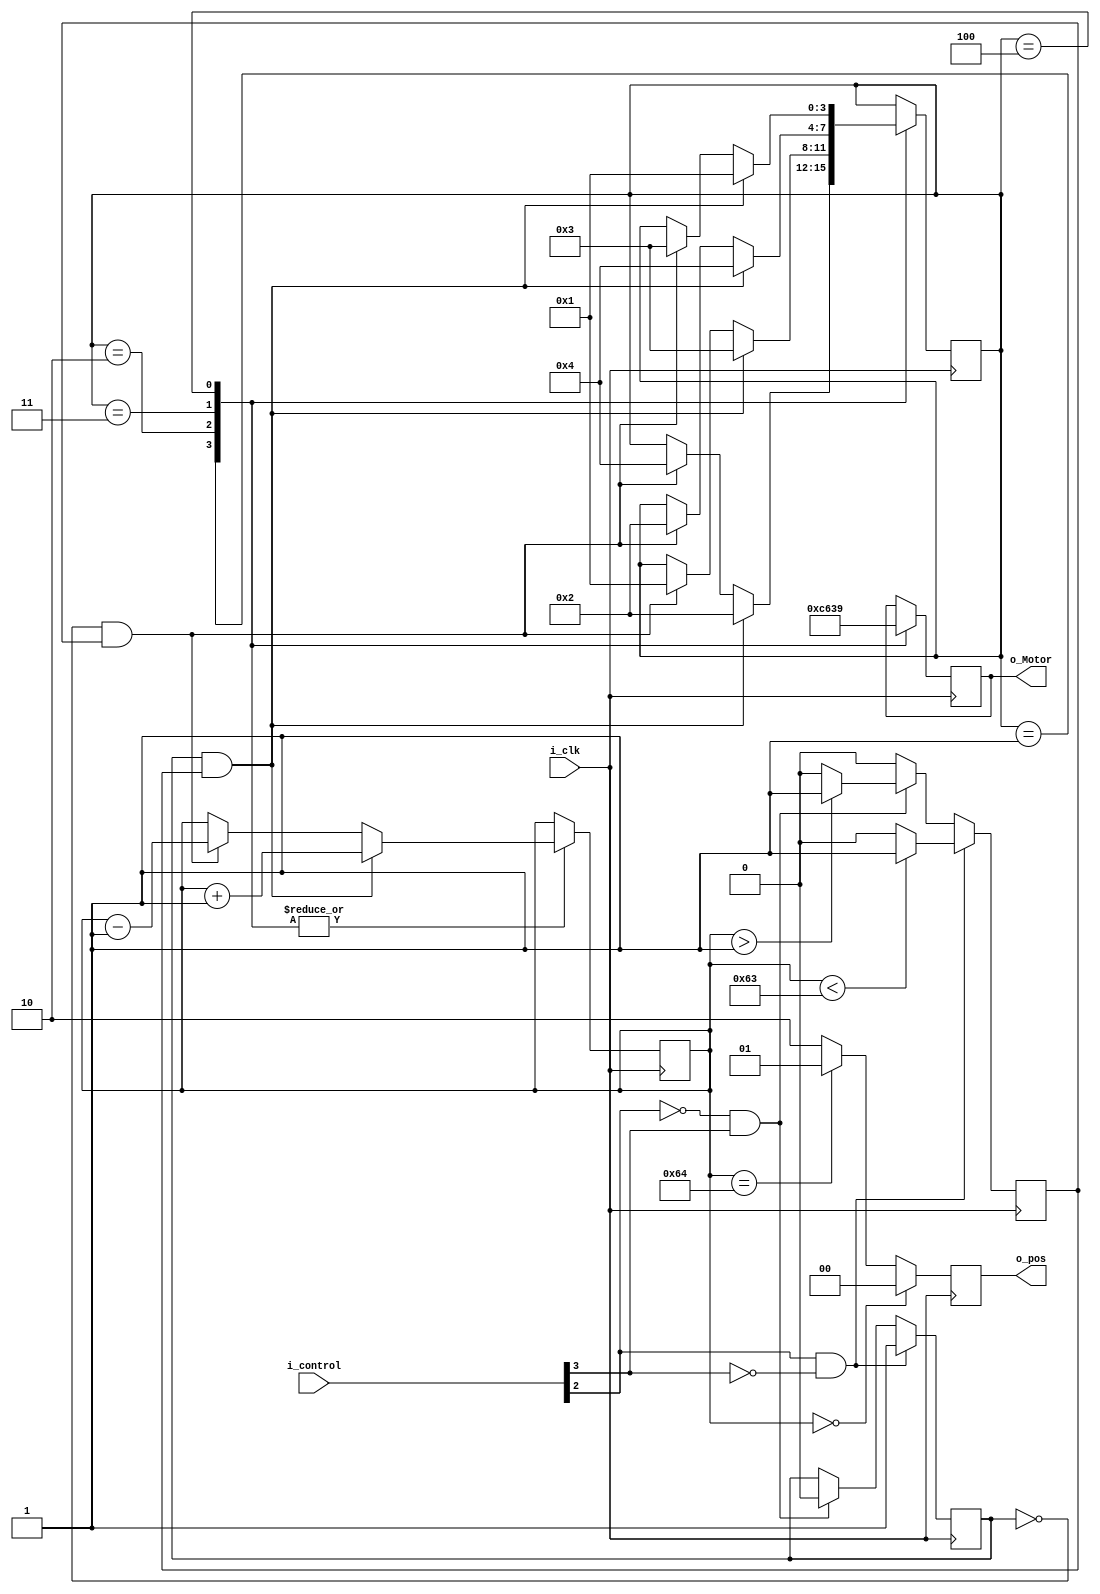
module stepper_driver (
    input i_clk,
    input [3:0] i_control,
    //output o_A,
    //output o_B,
    //output o_C,
    //output o_D,
    output [3:0] o_Motor,
    output [1:0] o_pos,
	//output [7:0] o_debug,
	//output o_debug_en
);
//Testowo okres pomiedzy krokami 1s - zegar 1Hz wchodzi
localparam Ts = 1;
//Ilosc krokow - 200 kroków na obrót - 100 kroków = 180 stopni
parameter  p_count_limit = 100;
//Stany
localparam S1 = 3'b001;
localparam S2 = 3'b010;
localparam S3 = 3'b011;
localparam S4 = 3'b100;
//Aktualny krok
reg [7:0] r_counter =0;
//Aktualny Stan
reg [3:0] r_State = S1;
//Out
reg [3:0] r_out;
reg [1:0] r_pos;
//Kierunek
reg r_dir;
//Enable
reg r_en;
//Output assignment
assign o_Motor = r_out;
assign o_pos = r_pos;
//assign o_debug = r_counter;
//assign o_debug_en = r_en;
//Main hardware loop
always @(posedge i_clk) 
begin

 //Sprawdzenie pozycji
    if(r_counter == 0)
    begin
        r_pos <= 2'b00;
    end
    else
    if(r_counter == p_count_limit)
    begin
        r_pos <= 2'b01;
    end
    else
    begin
        r_pos <= 2'b10;
    end
	 
	 
    //Określenie kierunku
    if(i_control[2] == 1'b1 && i_control[3] == 1'b0 )
    begin
        r_dir <=1'b1;         //Do przodu
		if(r_counter < p_count_limit-1)
		begin
        r_en <= 1'b1;
		end
		else
		begin
		r_en <= 1'b0;
		end
    end
    else
    if (i_control[2] == 1'b0 && i_control[3] == 1'b1) 
    begin
        r_dir <=1'b0;         //Do tyłu
        if(r_counter > 1)
		begin
        r_en <= 1'b1;
		end
		else
		begin
		r_en <= 1'b0;
		end
    end
	else
	begin
	r_en <=0;
	end
   
    //Ustawienie wyjść
    case (r_State)
        S1: r_out <= 4'b1100;
        S2: r_out <= 4'b0110;
        S3: r_out <= 4'b0011;
        S4: r_out <= 4'b1001;
    endcase

    //Głowny case
    case (r_State)
        S1:
        begin
            if(r_dir == 1'b1 && r_en == 1'b1)
            begin
                r_State <=S2;
                r_counter <= r_counter +1;
            end
            else
            if(r_dir == 1'b0 && r_en == 1'b1)
            begin
                r_State <=S4;
                r_counter <= r_counter -1;
            end
        end

        S2:
        begin
            if(r_dir == 1'b1 && r_en == 1'b1)
            begin
                r_State <=S3;
                r_counter <= r_counter +1;
            end
            else
            if(r_dir == 1'b0 && r_en == 1'b1)
            begin
                r_State <=S1;
                r_counter <= r_counter -1;
            end
        end

        S3:
        begin
            if(r_dir == 1'b1 && r_en == 1'b1)
            begin
                r_State <=S4;
                r_counter <= r_counter +1;
            end
            else
            if(r_dir == 1'b0 && r_en == 1'b1)
            begin
                r_State <=S2;
                r_counter <= r_counter -1;
            end
        end

        S4:
        begin
            if(r_dir == 1'b1 && r_en == 1'b1)
            begin
                r_State <=S1;
                r_counter <= r_counter +1;
            end
            else
            if(r_dir == 1'b0 && r_en == 1'b1)
            begin
                r_State =S3;
                r_counter <= r_counter -1;
            end
        end    
     
    endcase
end


    
endmodule